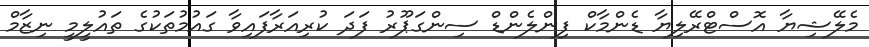
މެލޭޝިޔާ އޮސްޓްރޭލިޔާ ޑެންމާކް ފިންލެންޑް ސިންގަޕޫރު ފަދަ ކުރިއަރާފައިވާ ގައުމުތަކުގެ ތައުލީމީ ނިޒާމް